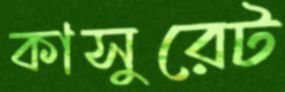
কাসুরেট